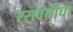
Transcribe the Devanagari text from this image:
रसवंतीचा